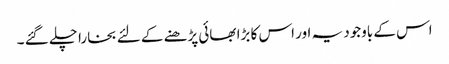
اس کے باوجود یہ اور اس کا بڑا بھائی پڑھنے کے لئے بخارا چلے گئے ۔